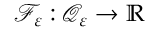
\mathscr { F } _ { \varepsilon } : \mathcal { Q } _ { \varepsilon } \to \mathbb { R }